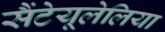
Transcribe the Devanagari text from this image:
सैंटेयूलेलिया